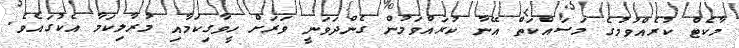
މާކެޓް ކުރެއްވުމުގެ މަސައްކަތް އޭނާ ކުރައްވަމުން ގެންދަވަނީ ވަރަށް ހީވާގިކަމާއި މުރާލިކަމާ އެކުގައެވެ.